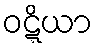
ဝဋ္ဋိယာ